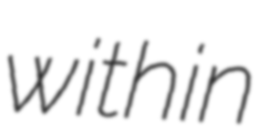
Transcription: within